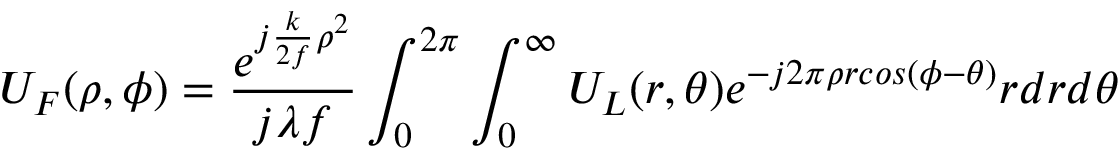
U _ { F } ( \rho , \phi ) = \frac { e ^ { j \frac { k } { 2 f } \rho ^ { 2 } } } { j \lambda f } \int _ { 0 } ^ { 2 \pi } \int _ { 0 } ^ { \infty } U _ { L } ( r , \theta ) e ^ { - j 2 \pi \rho r c o s ( \phi - \theta ) } r d r d \theta